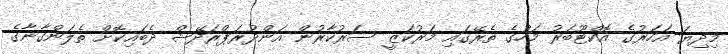
މިދިޔަ އަހަރުގެ އޮކްޓޫބަރު މަހުގެ ތެރޭގައި މަރުކަޒީ ސަރުކާރުން އަންދުރަޕްރަދޭޝް ދެބައިކޮށް ތެލަންގާނާގެ